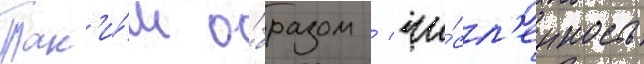
Так'и́м о́бразом / чи́сл'енность